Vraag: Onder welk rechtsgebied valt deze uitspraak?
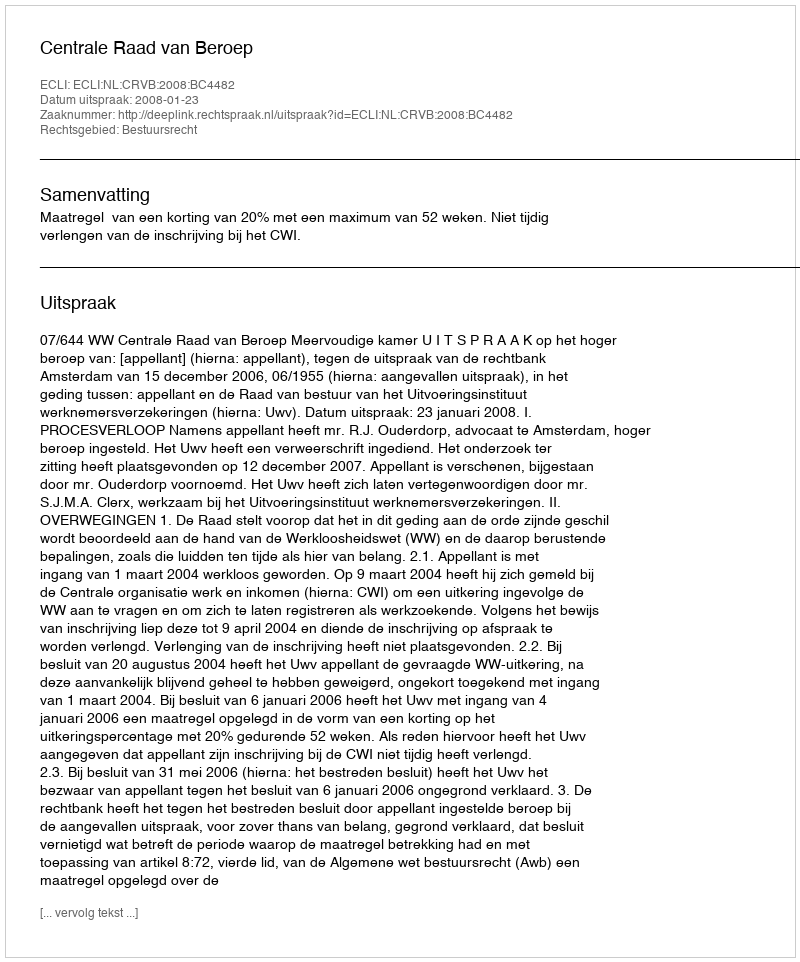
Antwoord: Bestuursrecht